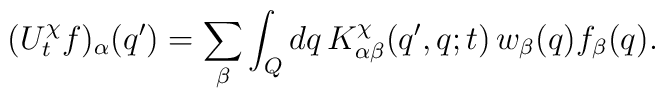
( U_t^\chi f )_\alpha ( q' )	=	\sum_\beta	\int_Q dq \, K_{ \alpha \beta }^\chi ( q' , q ; t ) \,	w_\beta ( q ) f_\beta ( q ).